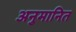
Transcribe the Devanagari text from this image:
अनुमानित